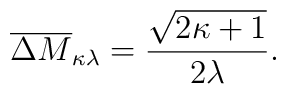
\overline{\Delta M}_{\kappa\lambda} = \frac{\sqrt{2\kappa+1}}{2\lambda}.